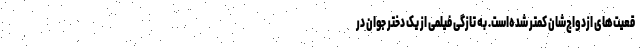
قعیت‌های ازدواج‌شان کمتر شده‌است. به تازگی فیلمی از یک دختر جوان در